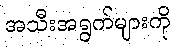
အသီးအရွက်များကို